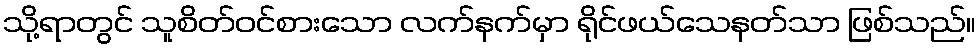
သို့ရာတွင် သူစိတ်ဝင်စားသော လက်နက်မှာ ရိုင်ဖယ်သေနတ်သာ ဖြစ်သည်။